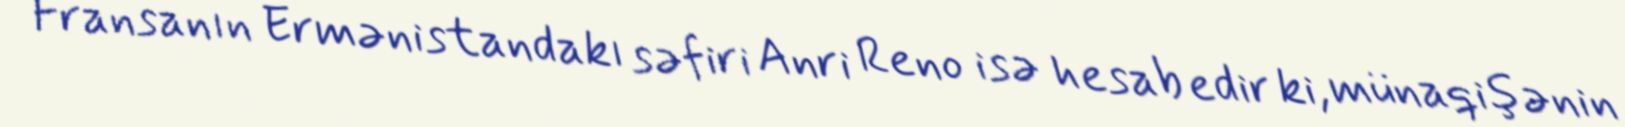
Fransanın Ermənistandakı səfiri Anri Reno isə hesab edir ki, münaqişənin